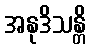
အနုဒိသန္တိ